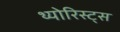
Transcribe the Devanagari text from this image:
थ्योरिस्ट्स